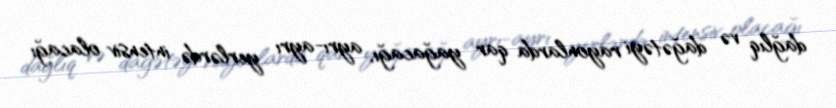
dağlıq və dağətəyi rayonlarda qar yağacağı, ayrı-ayrı yerlərdə intensiv olacağı